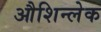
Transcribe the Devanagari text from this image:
औशिन्लेक